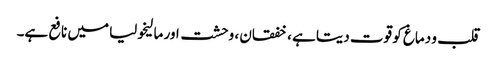
قلب و دماغ کو قوت دیتا ہے ، خفقان ، وحشت اور مالیخولیا میں نافع ہے۔